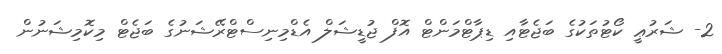
2- ޝަރުޢީ ކޯޓުތަކުގެ ބަޖެޓާއި ޑިޕާޓްމަންޓް އޮފް ޖުޑީޝަލް އެޑްމިނިސްޓްރޭޝަނުގެ ބަޖެޓް މިކޮމިޝަނުން